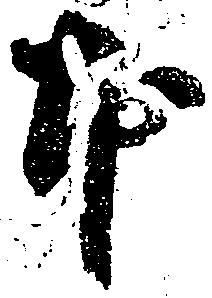
本